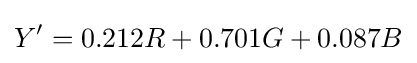
Y'=0.212R+0.701G+0.087B